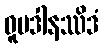
ဓူပဒါနဿိဒံ